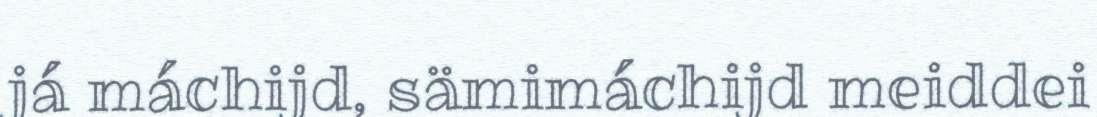
já máchijd, sämimáchijd meiddei